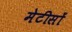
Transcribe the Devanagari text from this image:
मेटीसों